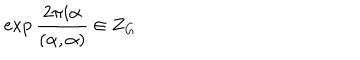
\exp \frac { 2 \pi i \alpha } { ( \alpha , \alpha ) } \in Z _ { G } \